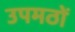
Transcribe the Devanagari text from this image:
उपमठों